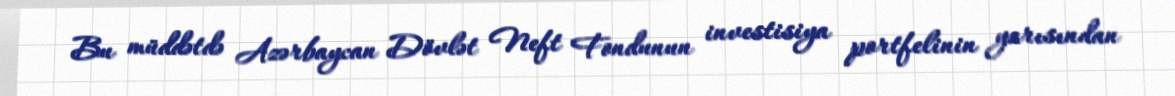
Bu müddətdə Azərbaycan Dövlət Neft Fondunun investisiya portfelinin yarısından